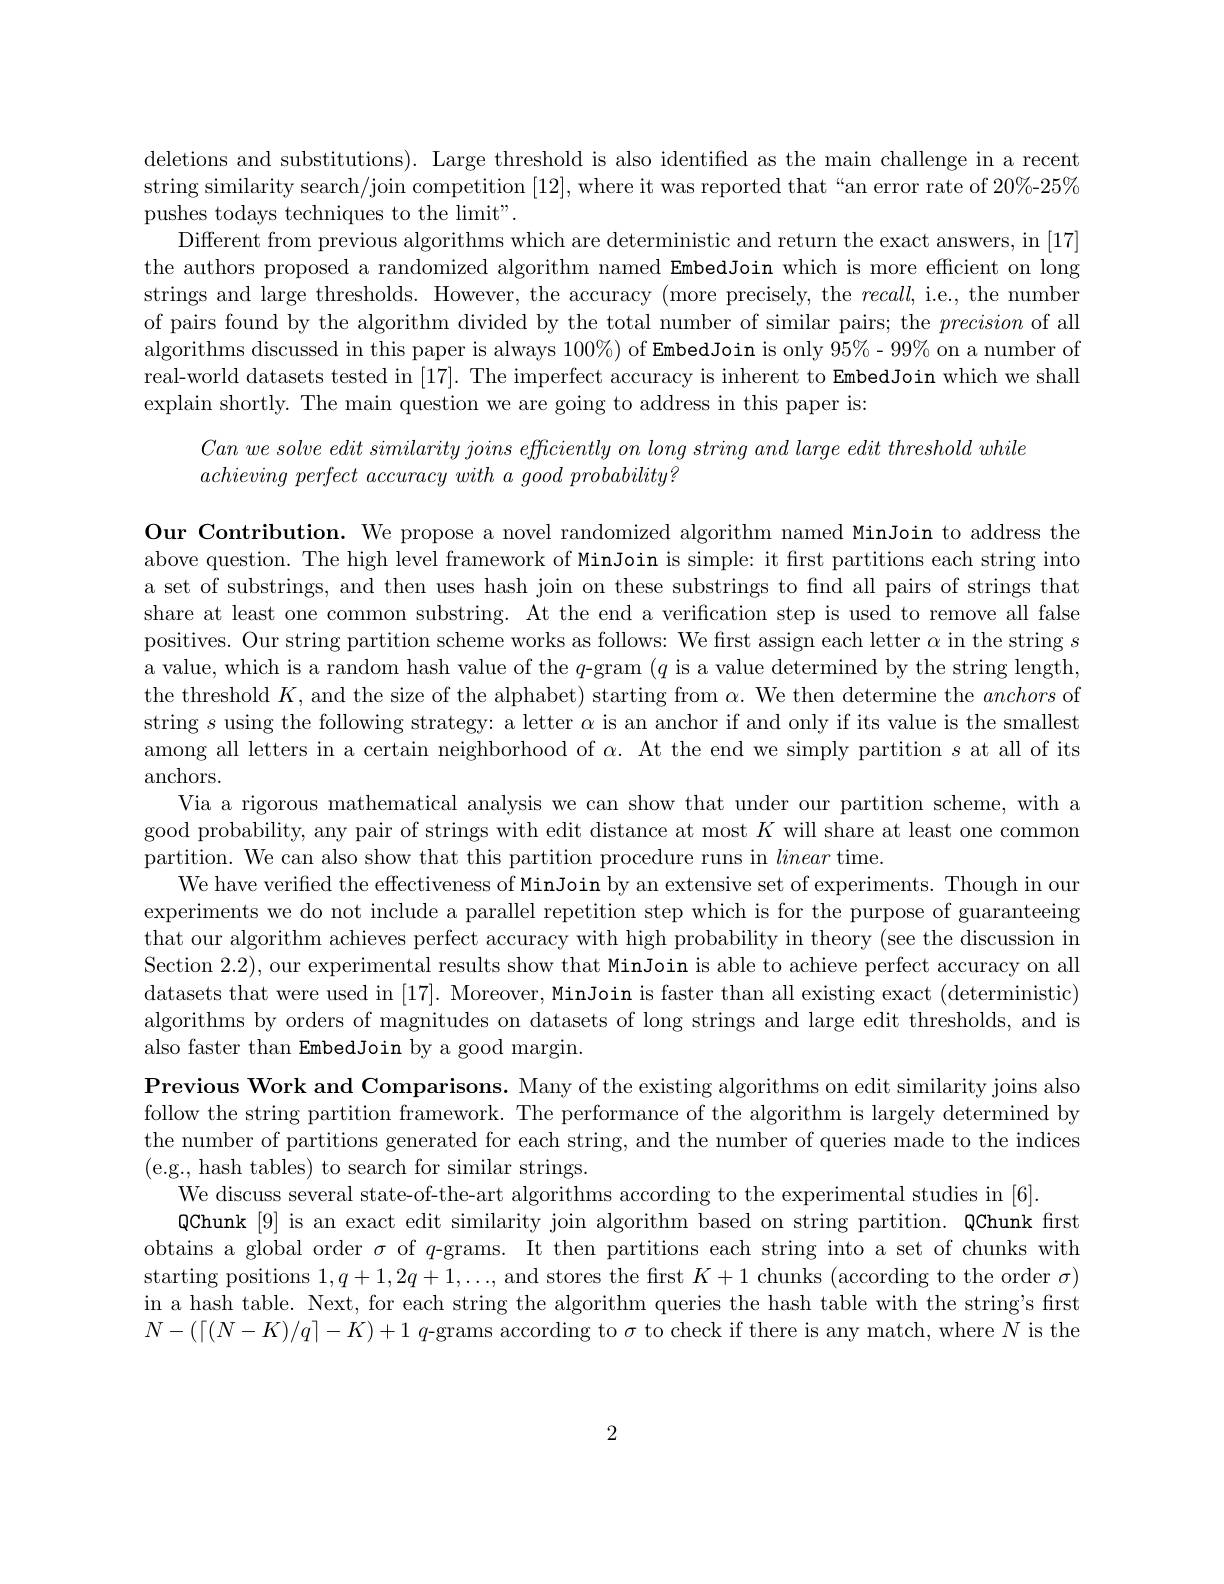
deletions and substitutions). Large threshold is also identified as the main challenge in a recent string similarity search/join competition [12], where it was reported that“an error rate of 20%-25% pushes todays techniques to the limit".
Different from previous algorithms which are deterministic and return the exact answers, in [17] the authors proposed a randomized algorithm named EmbedJoin which is more efficient on long strings and large thresholds. However, the accuracy (more precisely, the $recall$, i.e., the number of pairs found by the algorithm divided by the total number of similar pairs; the precision of all algorithms discussed in this paper is always $100\%)$ of EmbedJoin is only $95\%$-$99\%$ on a number of real-world datasets tested in [17]. The imperfect accuracy is inherent to EmbedJoin which we shall explain shortly. The main question we are going to address in this paper is:
$Canwesolve\textit{ edit similarity joins efficiently on long string and large edit threshold while}$

$achieving~perfect~accuracy~with~a~good~probability?$

Our Contribution. We propose a novel randomized algorithm named MinJoin to address the above question. The high level framework of MinJoin is simple: it first partitions each string into a set of substrings, and then uses hash join on these substrings to fnd all pairs of strings that share at least one common substring. At the end a verification step is used to remove all false positives. Our string partition scheme works as follows: We first assign each letter $\alpha$ in the string $s$ a value, which is a random hash value of the $q$-gram $(q$ is a value determined by the string length, the threshold $K$, and the size of the alphabet) starting from $\alpha.$ We then determine the anchors of string $s$ using the following strategy: a letter $\alpha$ is an anchor if and only if its value is the smallest among all letters in a certain neighborhood of $\alpha.$ At the end we simply partition $s$ at all of its anchors.
Via a rigorous mathematical analysis we can show that under our partition scheme, with a good probability, any pair of strings with edit distance at most $K$ will share at least one common partition. We can also show that this partition procedure runs in linear time.
We have verified the effectiveness of MinJoin by an extensive set of experiments. Though in our experiments we do not include a parallel repetition step which is for the purpose of guaranteeing that our algorithm achieves perfect accuracy with high probability in theory (see the discussion in Section 2.2), our experimental results show that MinJoin is able to achieve perfect accuracy on all datasets that were used in [17]. Moreover, MinJoin is faster than all existing exact (deterministic) algorithms by orders of magnitudes on datasets of long strings and large edit thresholds, and is also faster than EmbedJoin by a good margin.
Previous Work and Comparisons. Many of the existing algorithms on edit similarity joins also follow the string partition framework. The performance of the algorithm is largely determined by the number of partitions generated for each string, and the number of queries made to the indices (e.g., hash tables) to search for similar strings.
We discuss several state-of-the-art algorithms according to the experimental studies in [6].
QChunk [9] is an exact edit similarity join algorithm based on string partition. QChunk first obtains a global order $\sigma$ of $q$-grams. It then partitions each string into a set of chunks with starting positions $1,q+1,2q+1,\ldots$, and stores the first $K+1$ chunks (according to the order $\sigma)$ in a hash table. Next, for each string the algorithm queries the hash table with the string's first $N-(\lceil(N-K)/q\rceil-K)+1$ q-grams according to $\sigma$ to check if there is any match, where $N$ is the

2